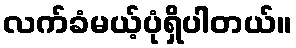
လက်ခံမယ့်ပုံရှိပါတယ်။